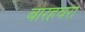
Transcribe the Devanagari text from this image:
बारहवरा